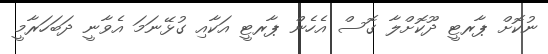
ނުކޮށް ޕާރޓީ ދޫކޮށްލާ ގޮސް އެހެން ޕާރޓީ އަކާއި ގުޅޭނަަމަ އެވާނީ ދަބަހަރާމީ